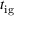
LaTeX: t _ { \mathrm { i g } }